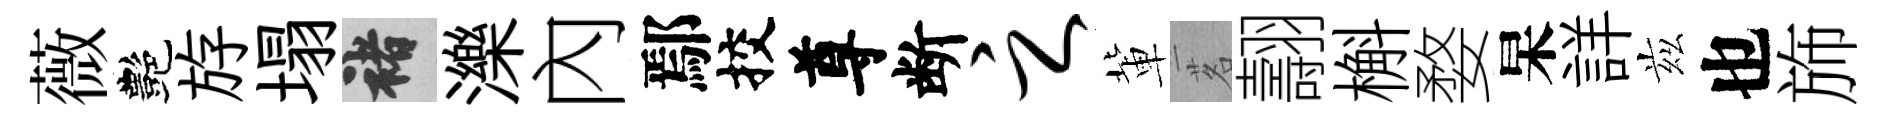
薇艷斿塌褚濼內鄢挍尊断之軰茗翿槲婺杲詳兹也斾